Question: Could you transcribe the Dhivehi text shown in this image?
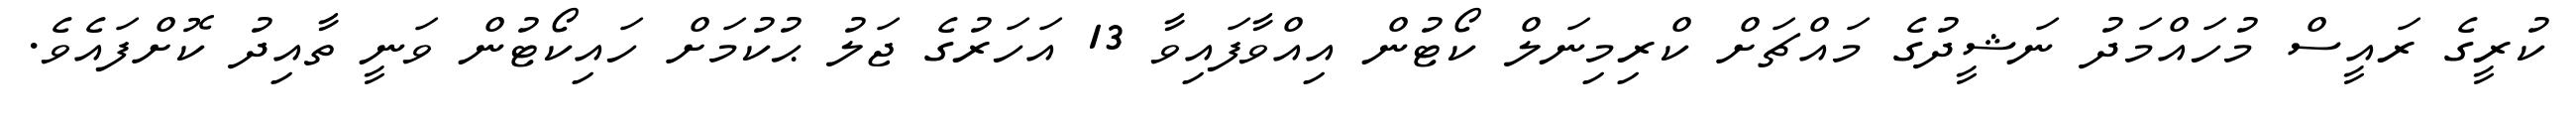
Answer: ކުރީގެ ރައީސް މުހައްމަދު ނަޝީދުގެ މައްޗަށް ކްރިމިނަލް ކޯޓުން އިއްވާފައިވާ 13 އަހަރުގެ ޖަލު ޙުކުމަށް ހައިކޯޓުން ވަނީ ތާއިދު ކޮށްފައެވެ.